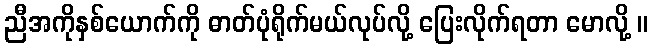
ညီအကိုနှစ်ယောက်ကို ဓာတ်ပုံရိုက်မယ်လုပ်လို့ ပြေးလိုက်ရတာ မောလို့ ။